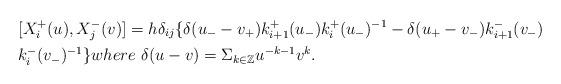
LaTeX: \begin{align*}&[X_{i}^{+}(u),X_{j}^{-}(v)]=h\delta_{ij}\{\delta(u_{-}-v_{+})k_{i+1}^{+}(u_{-})k_{i}^{+}(u_{-})^{-1}-\delta(u_{+}-v_{-})k_{i+1}^{-}(v_{-})\\&k_{i}^{-}(v_{-})^{-1}\} where ~\delta(u-v)=\Sigma_{k\in\mathbb{Z}}u^{-k-1}v^{k}.\end{align*}